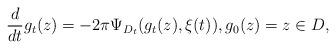
LaTeX: \begin{align*} \frac{d}{dt}g_{t}(z) = -2\pi \Psi_{D_t}(g_{t}(z),\xi(t)), g_{0}(z)=z \in D,\end{align*}